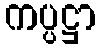
ကပ္ပဋ္ဌာ